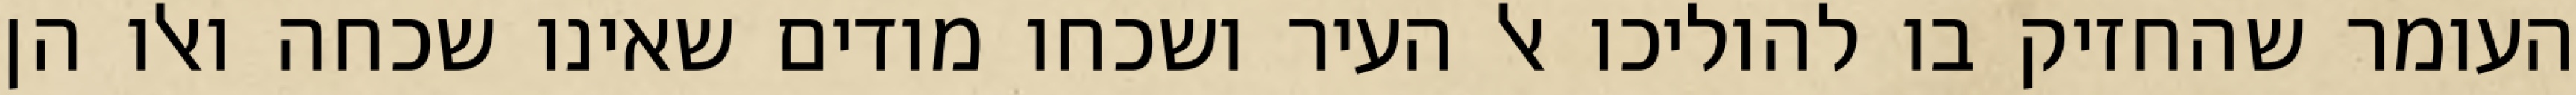
העומר שהחזיק בו להוליכו אל העיר ושכחו מודים שאינו שכחה ואלו הן